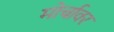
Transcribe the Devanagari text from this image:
मोर्चावर